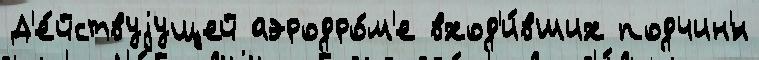
Д'е́йствуjущей аэродро́м'е вход'и́вших подчин'́н